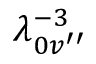
\lambda _ { 0 v ^ { \prime \prime } } ^ { - 3 }